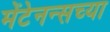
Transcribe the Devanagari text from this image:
मेंटेनन्सच्या